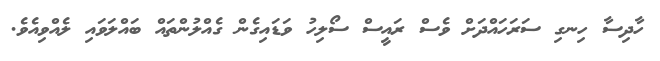
ހާދިސާ ހިނގި ސަރަހައްދަށް ވެސް ރައީސް ސޯލިހު ވަޑައިގެން ގެއްލުންތައް ބައްލަވައި ލެއްވިއެވެ.